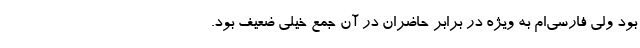
بود ولی فارسی‌ام به ویژه در برابر حاضران در آن جمع خیلی ضعیف بود.